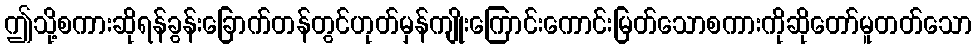
ဤသို့စကားဆိုရန်ခွန်းခြောက်တန်တွင်ဟုတ်မှန်ကျိုးကြောင်းကောင်းမြတ်သောစကားကိုဆိုတော်မူတတ်သော